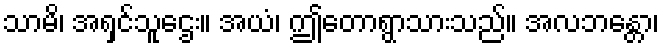
သာမိ၊ အရှင်သူဌေး။ အယံ၊ ဤတောရွာသားသည်။ အလဘန္တော၊